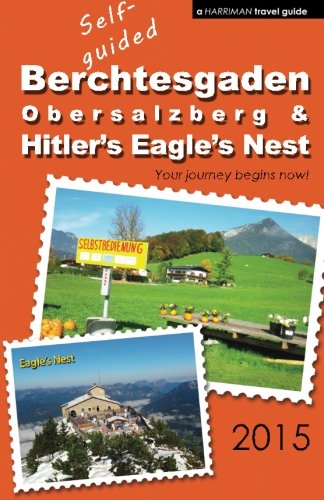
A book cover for Self-guided Berchtesgaden, Obersalzberg & Hitler's Eagle's Nest - 2015; Brett Harriman; Travel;